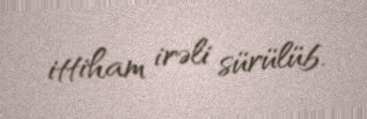
ittiham irəli sürülüb.